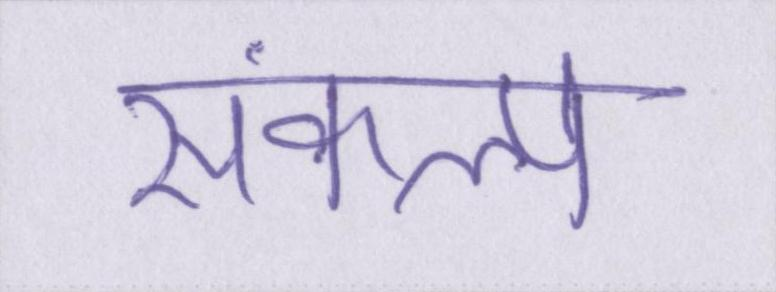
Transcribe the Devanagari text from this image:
संकल्प